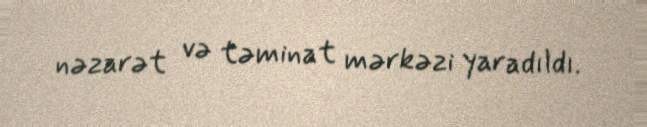
nəzarət və təminat mərkəzi yaradıldı.